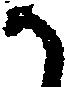
か